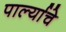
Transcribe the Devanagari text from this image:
पार्ल्याचे